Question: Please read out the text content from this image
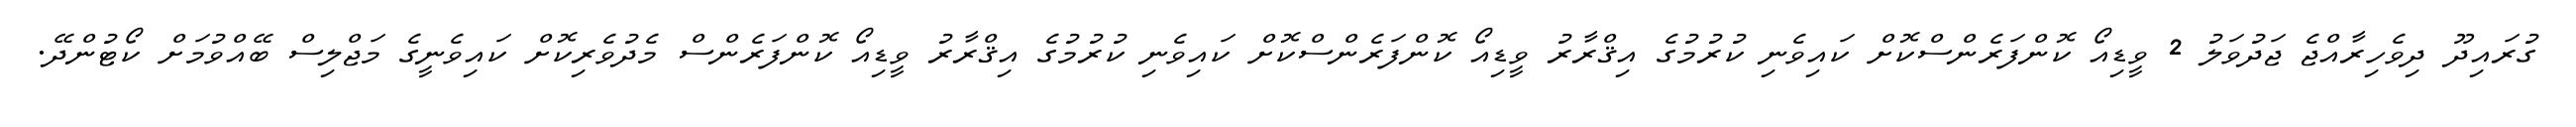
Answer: ގުރައިދޫ ދިވެހިރާއްޖެ ޖަދުވަލު 2 ވީޑިއޯ ކޮންފަރެންސްކޮށް ކައިވެނި ކުރުމުގެ އިޤްރާރު ވީޑިއޯ ކޮންފަރެންސްކޮށް ކައިވެނި ކުރުމުގެ އިޤްރާރު ވީޑިއޯ ކޮންފަރެންސް މެދުވެރިކޮށް ކައިވެނީގެ މަޖްލިސް ބޭއްވުމަށް ކޯޓުންދޭ.